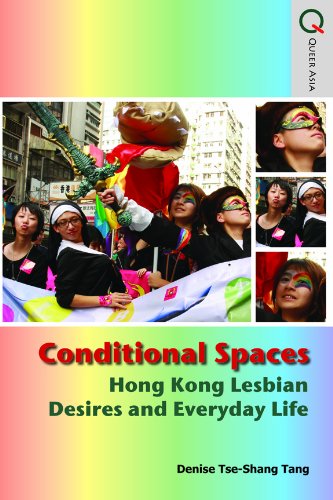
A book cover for Conditional Spaces: Hong Kong Lesbian Desires and Everyday Life (Queer Asia); Denise Tse-Shang Tang; History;